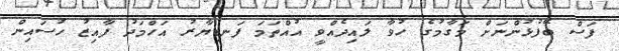
ފަސް ބޭފުޅުންނަށް މަގާމުގެ ހުވާ ލައިދެއްވީ އުއްތަމަ ފަނޑިޔާރު އަހްމަދު ފާއިޒު ހުސައިން